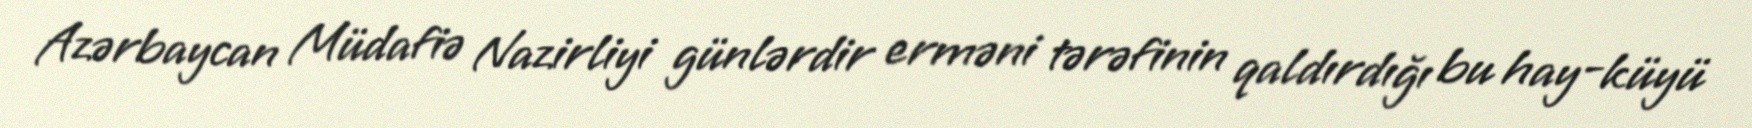
Azərbaycan Müdafiə Nazirliyi günlərdir erməni tərəfinin qaldırdığı bu hay-küyü